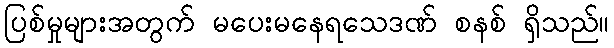
ပြစ်မှုများအတွက် မပေးမနေရသေဒဏ် စနစ် ရှိသည်။